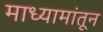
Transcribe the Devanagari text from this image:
माध्यामांतून